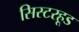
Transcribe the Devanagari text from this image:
सिस्टरहूड